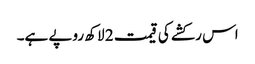
اس رکشے کی قیمت 2 لاکھ روپے ہے۔